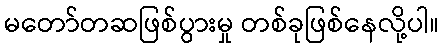
မတော်တဆဖြစ်ပွားမှု တစ်ခုဖြစ်နေလို့ပါ။